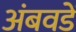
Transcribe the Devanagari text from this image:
अंबवडें